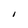
Character: I